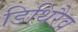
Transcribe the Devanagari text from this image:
डिथिरैव